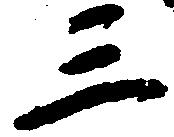
三